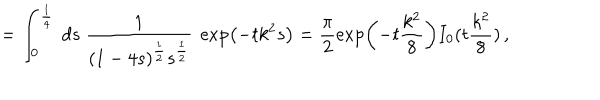
= \int _ { 0 } ^ { \frac 1 4 } \ d s \ \frac { 1 } { ( 1 - 4 s ) ^ { \frac 1 2 } s ^ { \frac 1 2 } } \ \exp \left( - t k ^ { 2 } s \right) = \frac { \pi } { 2 } \exp \left( - t \frac { k ^ { 2 } } { 8 } \right) I _ { 0 } ( t \frac { k ^ { 2 } } { 8 } ) \, ,